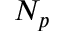
N _ { p }